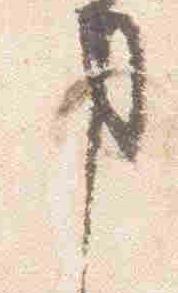
事